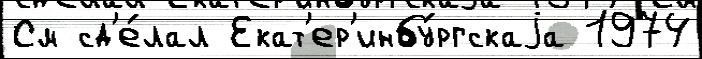
См сд'е́лал Екат'ер'инбу́ргскаjа 1974